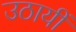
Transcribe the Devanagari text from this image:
उठायीं